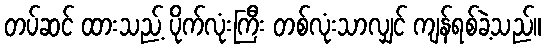
တပ်ဆင် ထားသည့် ပိုက်လုံးကြီး တစ်လုံးသာလျှင် ကျန်ရစ်ခဲ့သည်။